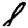
Digit: 8